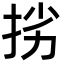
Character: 挘